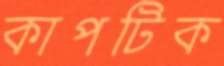
কাপটিক